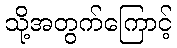
သို့အတွက်ကြောင့်